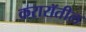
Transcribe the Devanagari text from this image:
करारॉतील